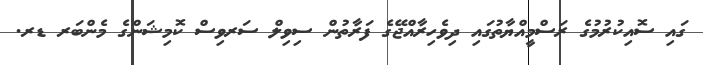
ގައި ސޮއިކުރުމުގެ ރަސްމީއްޔާތުގައި ދިވެހިރާއްޖޭގެ ފަރާތުން ސިވިލް ސަރވިސް ކޮމިޝަންގެ މެންބަރ ޑރ.